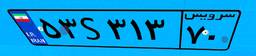
۵۳S۳۱۳۷۰